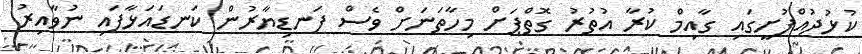
ކުޅުދުއްފުށީގައި ގާއިމް ކުރާ އުތުރު ގޮތްޕަށް މިހާތަނަށް ވެސް ފަނޑިޔާރުން ކަނޑައަޅާފައި ނުވާއިރު